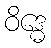
ဝိဒ္ဓေ